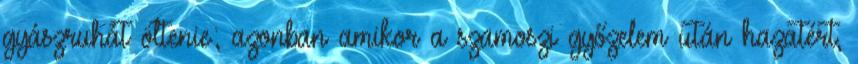
gyászruhát öltenie; azonban amikor a szamoszi győzelem után hazatért,